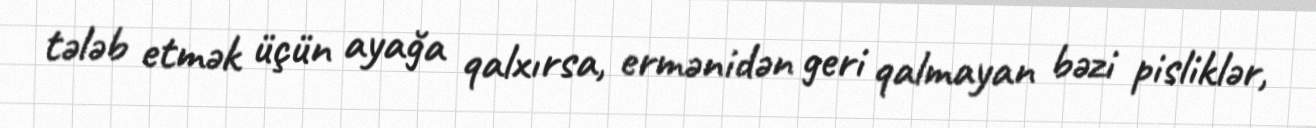
tələb etmək üçün ayağa qalxırsa, ermənidən geri qalmayan bəzi pisliklər,